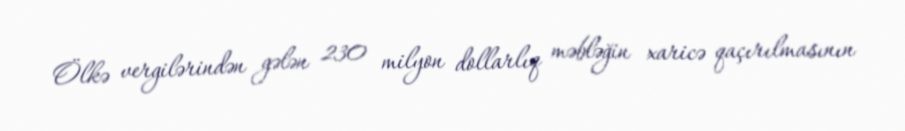
Ölkə vergilərindən gələn 230 milyon dollarlıq məbləğin xaricə qaçırılmasının